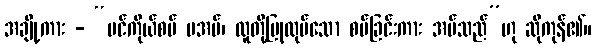
အချို့ကား - “ပင်ကိုယ်စပ် မအပ်၊ လူတို့ပြုလုပ်သော စပ်ခြင်းကား အပ်သည်”ဟု ဆိုကုန်၏။